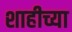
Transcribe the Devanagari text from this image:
शाहीच्या